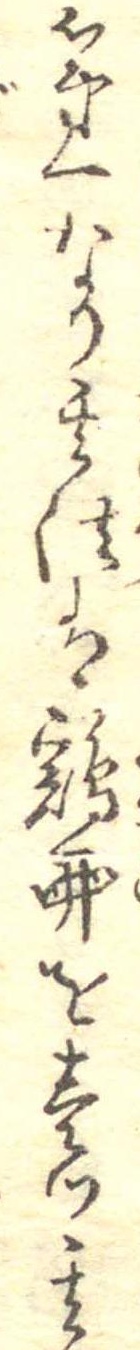
第一なり其法は鶏卵を壱つ其